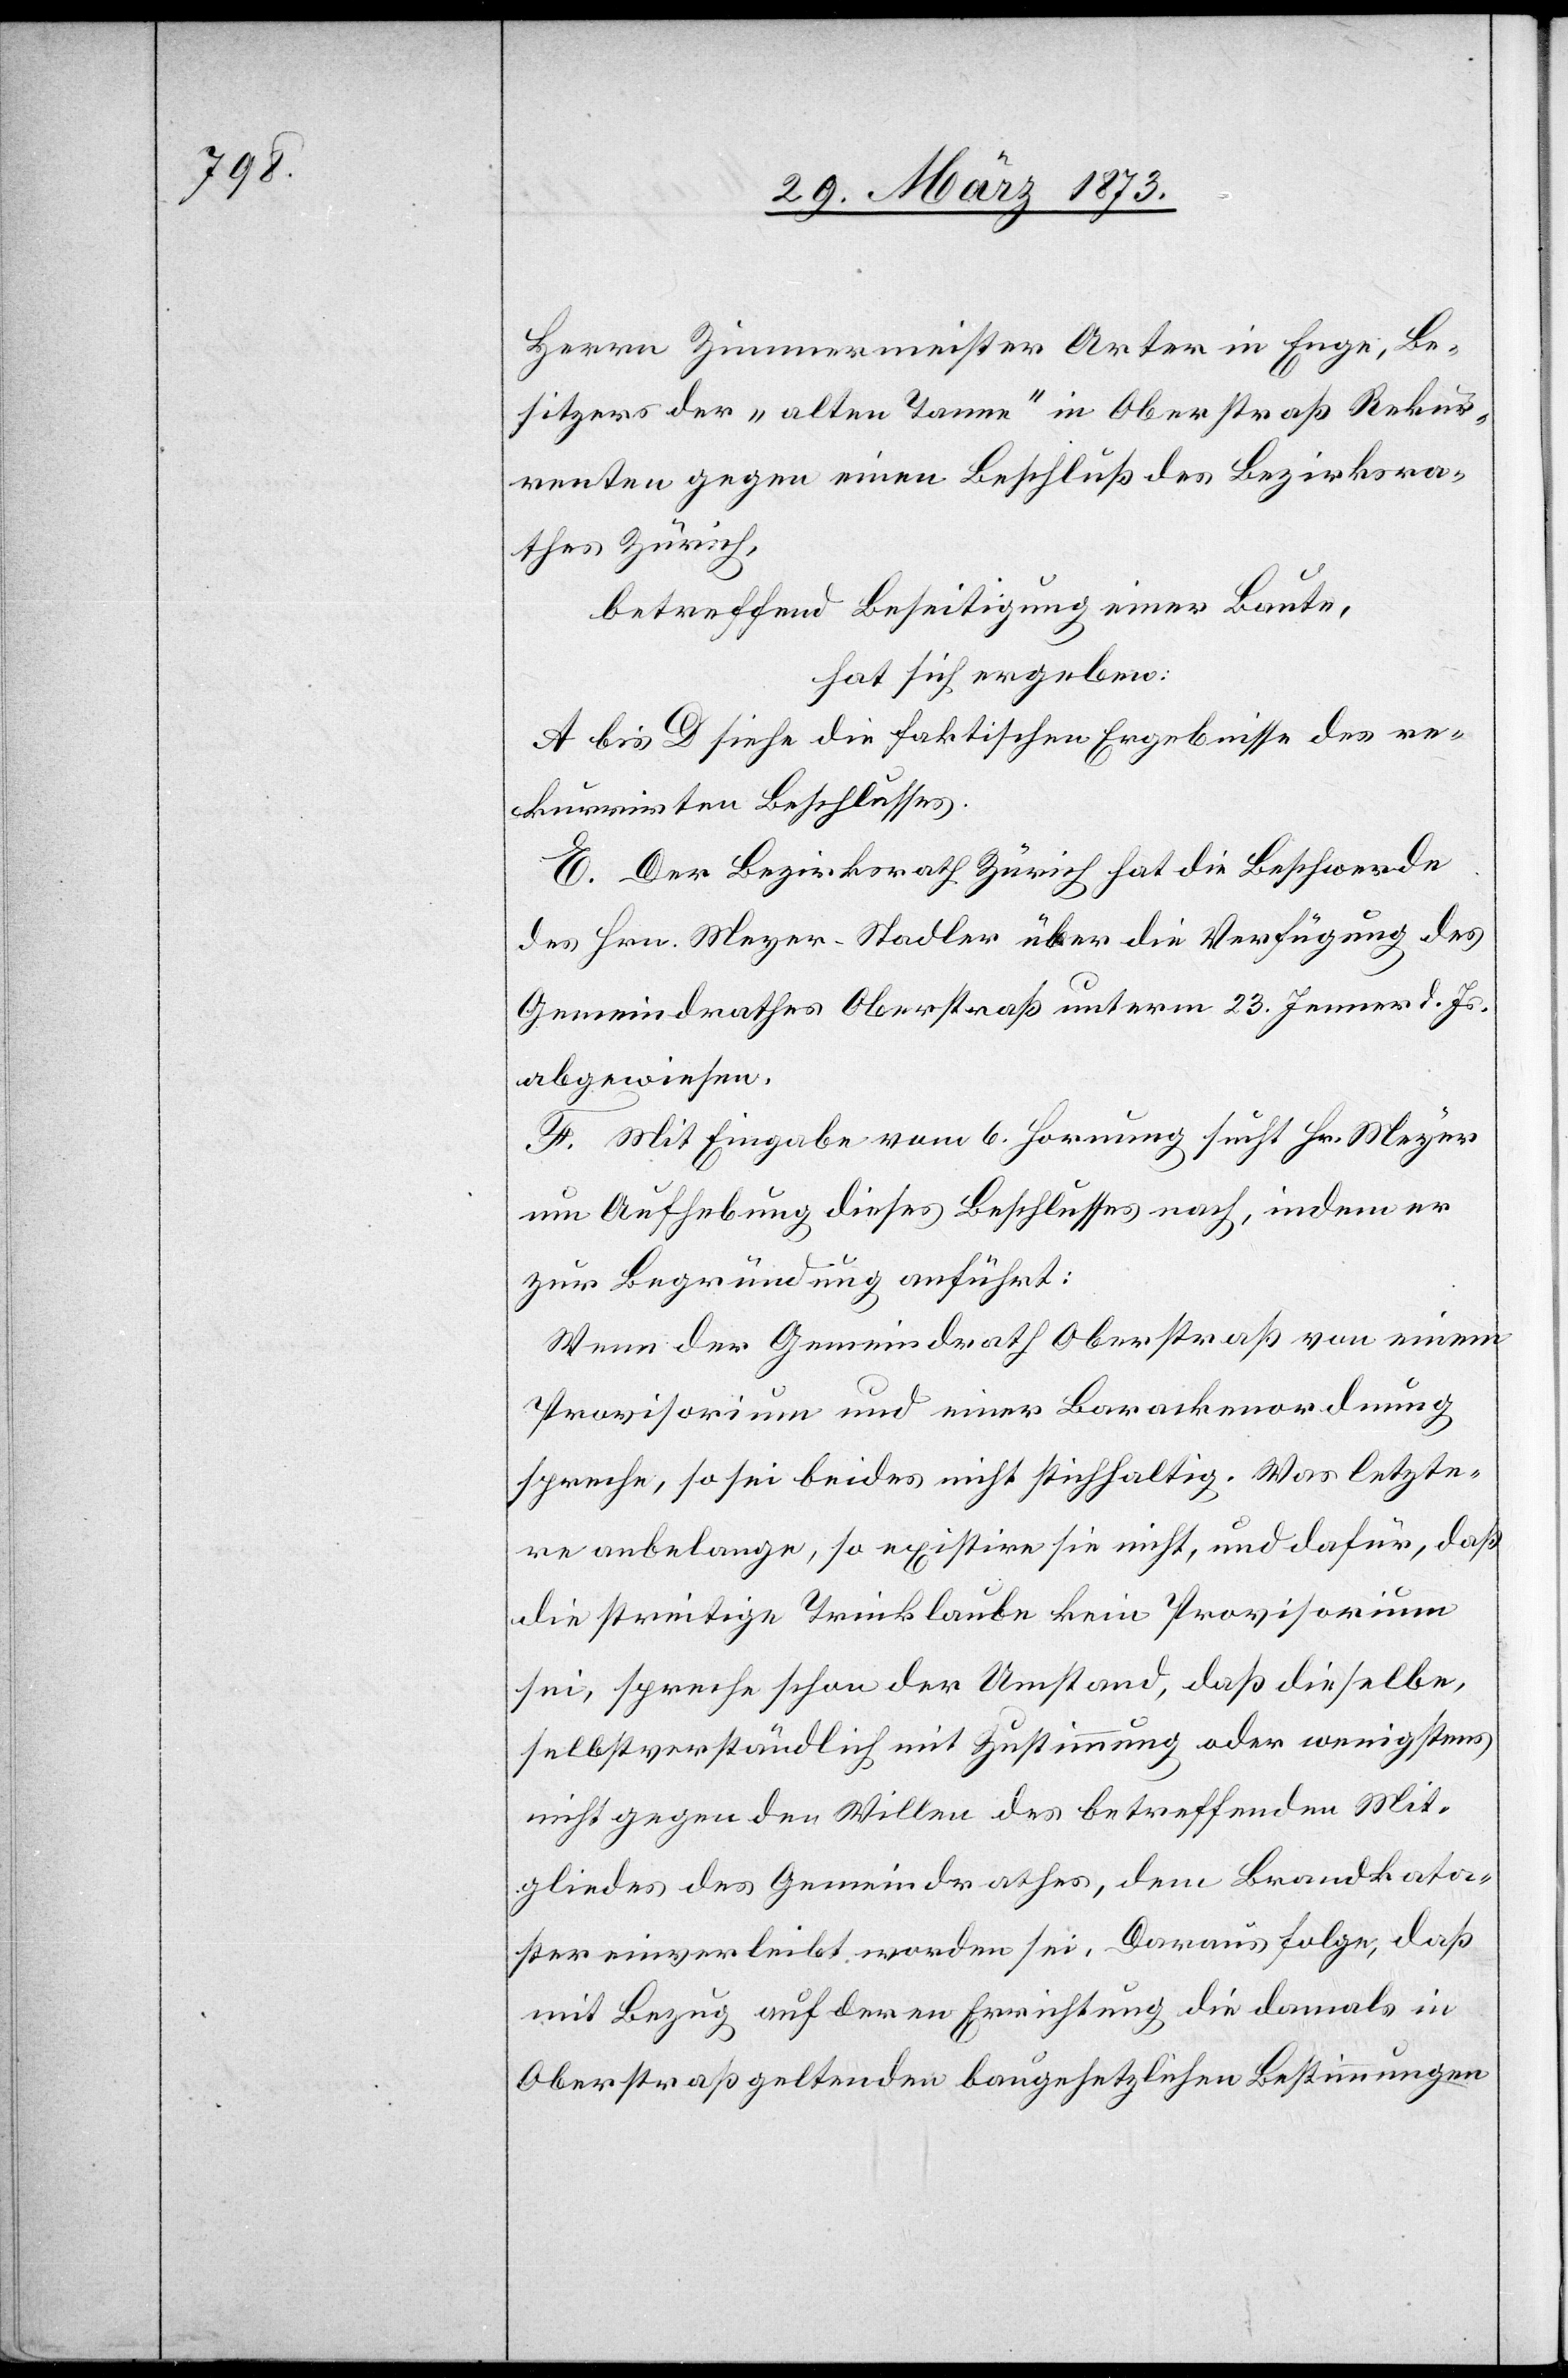
Herrn Zimmermeister Arter in Enge, Be¬
sitzer der „alten Tanne“ in Oberstraß Rekur¬
renten gegen einen Beschluß des Bezirksra¬
thes Zürich,
betreffend Beseitigung einer Baute,
hat sich ergeben:
A bis D siehe die faktischen Ergebnisse des re¬
kurrirten Beschlusses.
E. Der Bezirksrath Zürich hat die Beschwerde
des Hrn. Meyer-Stadler über die Verfügung des
Gemeindrathes Oberstraß unterm 23. Jenner d. Js.
abgewiesen.
F. Mit Eingabe vom 6. Hornung sucht Hr. Meyer
um Aufhebung dieses Beschlusses nach, indem er
zur Begründung anführt:
Wenn der Gemeindrath Oberstraß von einem
Provisorium und einer Barackenordnung
spreche, so sei beides nicht stichhaltig. Was letzte¬
re anbelange, so existire sie nicht, und dafür, daß
die streitige Trinklaube kein Provisorium
sei, spreche schon der Umstand, da dieselbe,
selbstverständlich mit Zustimmung oder wenigstens
nicht gegen den Willen des betreffenden Mit¬
gliedes des Gemeindrathes, dem Brandkata¬
ster einverleibt worden sei. Daraus folge, daß
mit Bezug auf deren Errichtung die damals in
Oberstraß geltenden baugesetzlichen Bestimmungen